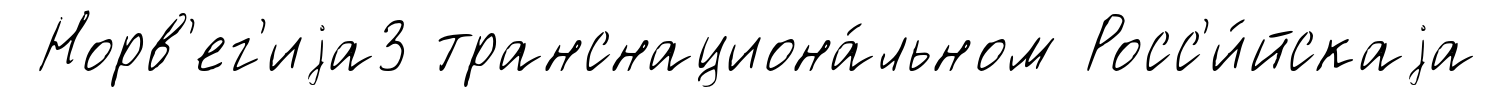
Норв'ег'иjа3 транснациона́льном Росс'и́йскаjа